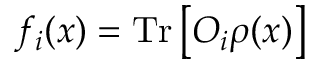
f _ { i } ( x ) = \mathrm { T r } \left[ O _ { i } \rho ( x ) \right]